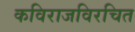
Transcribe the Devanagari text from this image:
कविराजविरचित